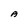
Character: A